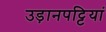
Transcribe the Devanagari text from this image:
उड़ानपट्टियां